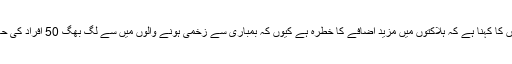
حزبِ اختلاف کے کارکنوں کا کہنا ہے کہ ہلاکتوں میں مزید اضافے کا خطرہ ہے کیوں کہ بمباری سے زخمی ہونے والوں میں سے لگ بھگ 50 افراد کی حالت نازک بتائی جاتی ہے۔